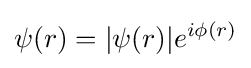
\psi (r)=|\psi (r)|e^{i\phi (r)}